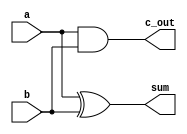
`timescale 1ns / 1ps
//////////////////////////////////////////////////////////////////////////////////
// Company: 
// Engineer: 
// 
// Design Name: 
// Module Name: half_adder
// Project Name: 
// Target Devices: 
// Tool Versions: 
// Description: 
// 
// Dependencies: 
// 
// Revision:
// Revision 0.01 - File Created
// Additional Comments:
// 
//////////////////////////////////////////////////////////////////////////////////


module half_add(
    output sum,
    output c_out,
    input a,
    input b
    );

    xor (sum,a,b);
    and (c_out,a,b);

endmodule